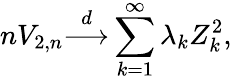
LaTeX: nV_{2,n}{\stackrel{d}{\longrightarrow}}\sum_{k=1}^{\infty}\lambda_{k}Z_{k}^{2},